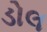
ડોલ